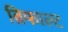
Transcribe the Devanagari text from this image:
ब्रिफाल्ट